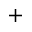
^ +